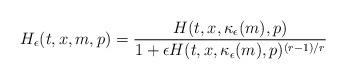
LaTeX: \begin{align*}H_\epsilon(t,x,m,p) = \frac{H(t,x,\kappa_\epsilon(m),p)}{1+\epsilon H(t,x,\kappa_\epsilon(m),p)^{(r-1)/r}}\end{align*}